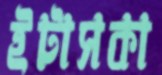
ইটাসকা